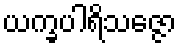
ယက္ခပါရိသဇ္ဇော